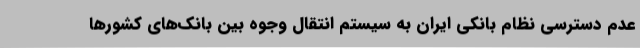
عدم دسترسی نظام بانکی ایران به سیستم انتقال وجوه بین بانک‌های کشورها